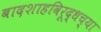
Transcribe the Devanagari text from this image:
बादशाहविरूद्धच्या